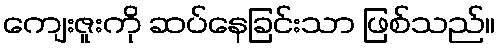
ကျေးဇူးကို ဆပ်နေခြင်းသာ ဖြစ်သည်။